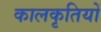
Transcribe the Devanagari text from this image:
कालकृतियों